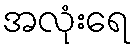
အလုံးရေ